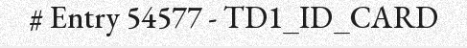
# Entry 54577 - TD1_ID_CARD